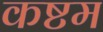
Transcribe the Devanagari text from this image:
कष्टम